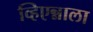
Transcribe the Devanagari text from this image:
व्हिएन्नाला